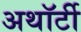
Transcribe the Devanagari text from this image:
अथॉर्टी